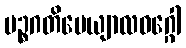
ပဉ္စဂတိပေယျာလဝဂ္ဂေါ